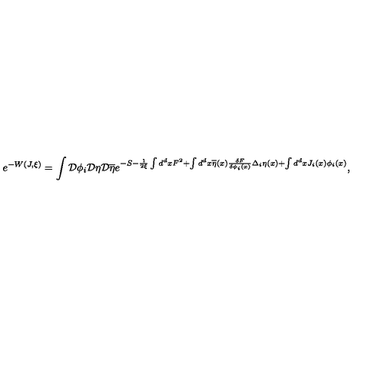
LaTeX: e ^ { - W ( J , \xi ) } = \int { \cal D } \phi _ { i } { \cal D } \eta { \cal D } \overline { { \eta } } e ^ { - S - \frac 1 { 2 \xi } \int d ^ { d } x F ^ { 2 } + \int d ^ { d } x \overline { { \eta } } ( x ) \frac { \delta F } { \delta \phi _ { i } ( x ) } \Delta _ { i } \eta ( x ) + \int d ^ { d } x J _ { i } ( x ) \phi _ { i } ( x ) } ,